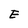
Character: E